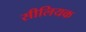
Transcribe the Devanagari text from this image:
सीलियक